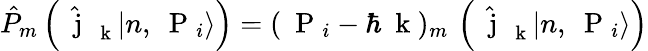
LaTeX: \hat{P}_{m}\left(\hat{\mathrm{~\mathbf~j~}}_{\mathrm{~\mathbf~k~}}|n,\mathrm{~\mathbf~P~}_{i}\rangle\right)=(\mathrm{~\mathbf~P~}_{i}-\hbar\mathrm{~\mathbf~k~})_{m}\, \left(\hat{\mathrm{~\mathbf~j~}}_{\mathrm{~\mathbf~k~}}|n,\mathrm{~\mathbf~P~}_{i}\rangle\right)